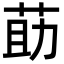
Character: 莇